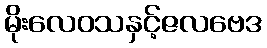
မိုးလေဝသနှင့်ဇလဗေဒ